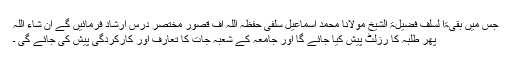
جس میں بقیۃا لسلف فضیلۃ الشیخ مولانا محمد اسماعیل سلفی حفظہ اللہ آف قصور مختصر درس ارشاد فرمائیں گے ان شاء اللہ
پھر طلبہ کا رزلٹ پیش کیا جائے گا اور جامعہ کے شعبہ جات کا تعارف اور کارکردگی پیش کی جائے گی ۔